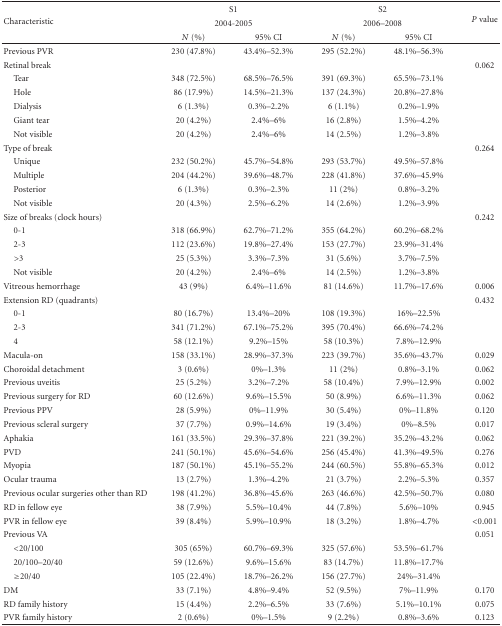
<table><thead><tr><td rowspan="3"><b>Characteristic</b></td><td colspan="2"><b>S1</b></td><td colspan="2"><b>S2</b></td><td rowspan="2"><b><i>P</i> value</b></td></tr><tr><td colspan="2"><b>2004-2005</b></td><td colspan="2"><b>2006–2008</b></td></tr><tr><td><b><i>N</i> (%)</b></td><td><b>95% CI</b></td><td><b><i>N</i> (%)</b></td><td><b>95% CI</b></td></tr></thead><tbody><tr><td>Previous PVR</td><td>230 (47.8%)</td><td>43.4%–52.3%</td><td>295 (52.2%)</td><td>48.1%–56.3%</td><td> </td></tr><tr><td>Retinal break</td><td> </td><td> </td><td> </td><td> </td><td>0.062</td></tr><tr><td> Tear</td><td>348 (72.5%)</td><td>68.5%–76.5%</td><td>391 (69.3%)</td><td>65.5%–73.1%</td><td> </td></tr><tr><td> Hole</td><td>86 (17.9%)</td><td>14.5%–21.3%</td><td>137 (24.3%)</td><td>20.8%–27.8%</td><td> </td></tr><tr><td> Dialysis</td><td>6 (1.3%)</td><td>0.3%–2.2%</td><td>6 (1.1%)</td><td>0.2%–1.9%</td><td> </td></tr><tr><td> Giant tear</td><td>20 (4.2%)</td><td>2.4%–6%</td><td>16 (2.8%)</td><td>1.5%–4.2%</td><td> </td></tr><tr><td> Not visible</td><td>20 (4.2%)</td><td>2.4%–6%</td><td>14 (2.5%)</td><td>1.2%–3.8%</td><td> </td></tr><tr><td>Type of break</td><td> </td><td> </td><td> </td><td> </td><td>0.264</td></tr><tr><td> Unique</td><td>232 (50.2%)</td><td>45.7%–54.8%</td><td>293 (53.7%)</td><td>49.5%–57.8%</td><td> </td></tr><tr><td> Multiple</td><td>204 (44.2%)</td><td>39.6%–48.7%</td><td>228 (41.8%)</td><td>37.6%–45.9%</td><td> </td></tr><tr><td> Posterior</td><td>6 (1.3%)</td><td>0.3%–2.3%</td><td>11 (2%)</td><td>0.8%–3.2%</td><td> </td></tr><tr><td> Not visible</td><td>20 (4.3%)</td><td>2.5%–6.2%</td><td>14 (2.6%)</td><td>1.2%–3.9%</td><td> </td></tr><tr><td>Size of breaks (clock hours)</td><td> </td><td> </td><td> </td><td> </td><td>0.242</td></tr><tr><td> 0-1</td><td>318 (66.9%)</td><td>62.7%–71.2%</td><td>355 (64.2%)</td><td>60.2%–68.2%</td><td> </td></tr><tr><td> 2-3</td><td>112 (23.6%)</td><td>19.8%–27.4%</td><td>153 (27.7%)</td><td>23.9%–31.4%</td><td> </td></tr><tr><td> &gt;3</td><td>25 (5.3%)</td><td>3.3%–7.3%</td><td>31 (5.6%)</td><td>3.7%–7.5%</td><td> </td></tr><tr><td> Not visible</td><td>20 (4.2%)</td><td>2.4%–6%</td><td>14 (2.5%)</td><td>1.2%–3.8%</td><td> </td></tr><tr><td>Vitreous hemorrhage</td><td>43 (9%)</td><td>6.4%–11.6%</td><td>81 (14.6%)</td><td>11.7%–17.6%</td><td>0.006</td></tr><tr><td>Extension RD (quadrants)</td><td> </td><td> </td><td> </td><td> </td><td>0.432</td></tr><tr><td> 0-1</td><td>80 (16.7%)</td><td>13.4%–20%</td><td>108 (19.3%)</td><td>16%–22.5%</td><td> </td></tr><tr><td> 2-3</td><td>341 (71.2%)</td><td>67.1%–75.2%</td><td>395 (70.4%)</td><td>66.6%–74.2%</td><td> </td></tr><tr><td> 4</td><td>58 (12.1%)</td><td>9.2%–15%</td><td>58 (10.3%)</td><td>7.8%–12.9%</td><td> </td></tr><tr><td>Macula-on</td><td>158 (33.1%)</td><td>28.9%–37.3%</td><td>223 (39.7%)</td><td>35.6%–43.7%</td><td>0.029</td></tr><tr><td>Choroidal detachment</td><td>3 (0.6%)</td><td>0%–1.3%</td><td>11 (2%)</td><td>0.8%–3.1%</td><td>0.062</td></tr><tr><td>Previous uveitis</td><td>25 (5.2%)</td><td>3.2%–7.2%</td><td>58 (10.4%)</td><td>7.9%–12.9%</td><td>0.002</td></tr><tr><td>Previous surgery for RD</td><td>60 (12.6%)</td><td>9.6%–15.5%</td><td>50 (8.9%)</td><td>6.6%–11.3%</td><td>0.062</td></tr><tr><td>Previous PPV</td><td>28 (5.9%)</td><td>0%–11.9%</td><td>30 (5.4%)</td><td>0%–11.8%</td><td>0.120</td></tr><tr><td>Previous scleral surgery</td><td>37 (7.7%)</td><td>0.9%–14.6%</td><td>19 (3.4%)</td><td>0%–8.5%</td><td>0.017</td></tr><tr><td>Aphakia</td><td>161 (33.5%)</td><td>29.3%–37.8%</td><td>221 (39.2%)</td><td>35.2%–43.2%</td><td>0.062</td></tr><tr><td>PVD</td><td>241 (50.1%)</td><td>45.6%–54.6%</td><td>256 (45.4%)</td><td>41.3%–49.5%</td><td>0.276</td></tr><tr><td>Myopia</td><td>187 (50.1%)</td><td>45.1%–55.2%</td><td>244 (60.5%)</td><td>55.8%–65.3%</td><td>0.012</td></tr><tr><td>Ocular trauma</td><td>13 (2.7%)</td><td>1.3%–4.2%</td><td>21 (3.7%)</td><td>2.2%–5.3%</td><td>0.357</td></tr><tr><td>Previous ocular surgeries other than RD</td><td>198 (41.2%)</td><td>36.8%–45.6%</td><td>263 (46.6%)</td><td>42.5%–50.7%</td><td>0.080</td></tr><tr><td>RD in fellow eye</td><td>38 (7.9%)</td><td>5.5%–10.4%</td><td>44 (7.8%)</td><td>5.6%–10%</td><td>0.945</td></tr><tr><td>PVR in fellow eye</td><td>39 (8.4%)</td><td>5.9%–10.9%</td><td>18 (3.2%)</td><td>1.8%–4.7%</td><td>&lt;0.001</td></tr><tr><td>Previous VA</td><td> </td><td> </td><td> </td><td> </td><td>0.051</td></tr><tr><td> &lt;20/100</td><td>305 (65%)</td><td>60.7%–69.3%</td><td>325 (57.6%)</td><td>53.5%–61.7%</td><td> </td></tr><tr><td> 20/100–20/40</td><td>59 (12.6%)</td><td>9.6%–15.6%</td><td>83 (14.7%)</td><td>11.8%–17.7%</td><td> </td></tr><tr><td> ≥20/40</td><td>105 (22.4%)</td><td>18.7%–26.2%</td><td>156 (27.7%)</td><td>24%–31.4%</td><td> </td></tr><tr><td>DM</td><td>33 (7.1%)</td><td>4.8%–9.4%</td><td>52 (9.5%)</td><td>7%–11.9%</td><td>0.170</td></tr><tr><td>RD family history</td><td>15 (4.4%)</td><td>2.2%–6.5%</td><td>33 (7.6%)</td><td>5.1%–10.1%</td><td>0.075</td></tr><tr><td>PVR family history</td><td>2 (0.6%)</td><td>0%–1.5%</td><td>9 (2.2%)</td><td>0.8%–3.6%</td><td>0.123</td></tr></tbody></table>